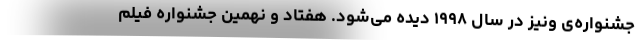
جشنواره‌ی ونیز در سال ۱۹۹۸ دیده می‌شود. هفتاد و نهمین جشنواره فیلم